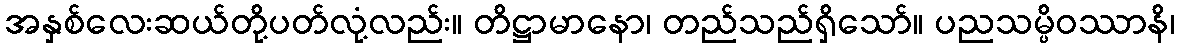
အနှစ်လေးဆယ်တို့ပတ်လုံ့လည်း။ တိဋ္ဌာမာနော၊ တည်သည်ရှိသော်။ ပညသမ္ပိဝဿာနိ၊